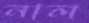
নাল